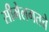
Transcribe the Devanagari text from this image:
सीमेलगतचे